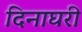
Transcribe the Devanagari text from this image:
दिनाघरी